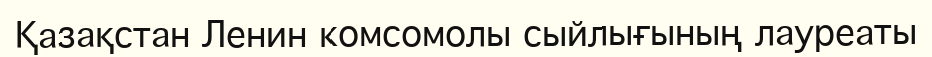
Қазақстан Ленин комсомолы сыйлығының лауреаты